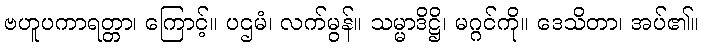
ဗဟူပကာရတ္တာ၊ ကြောင့်။ ပဌမံ၊ လက်မွန်။ သမ္မာဒိဋ္ဌိ၊ မဂ္ဂင်ကို။ ဒေသိတာ၊ အပ်၏။